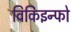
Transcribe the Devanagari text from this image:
विकिइन्फो